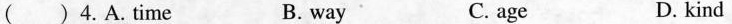
() 4.A.time B. way C. age D. kind